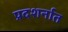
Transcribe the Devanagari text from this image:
प्रदशर्नात